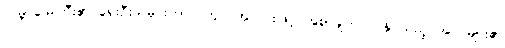
ကမ္ဘာမြေကြီး၏ ရှေးဦးသမိုင်းကာလတွင် အလင်းဖြင့် အစာချက်လုပ်နိုင်သည့် အပင်များ၏